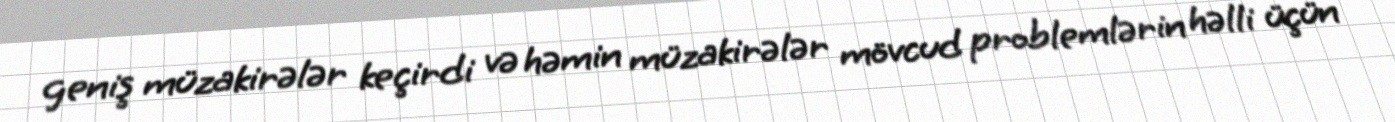
geniş müzakirələr keçirdi və həmin müzakirələr mövcud problemlərin həlli üçün